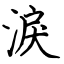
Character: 淚